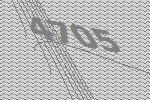
4705